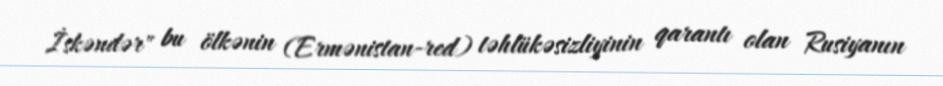
İskəndər" bu ölkənin (Ermənistan-red) təhlükəsizliyinin qarantı olan Rusiyanın